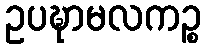
ဥပဍ္ဎာမလကဉ္စ